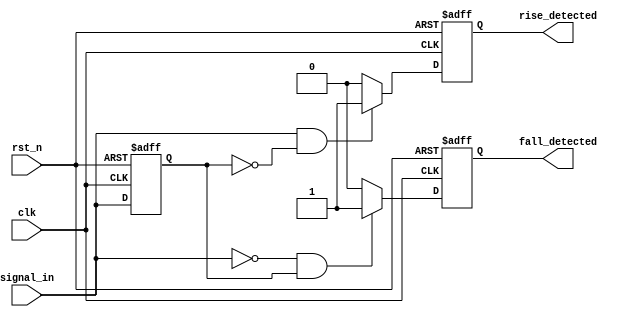
module dual_edge_detector (
    input wire clk,            // Clock signal
    input wire rst_n,         // Active low reset
    input wire signal_in,     // Input signal to detect edges
    output reg rise_detected, // Rising edge detected signal
    output reg fall_detected   // Falling edge detected signal
);

    // Memory blocks to store previous states
    reg prev_state;           // Holds the state of signal_in from the previous clock cycle
    reg prev_prev_state;      // Holds the state of signal_in from two clock cycles ago

    // Sequential logic to capture states on the rising edge of the clock
    always @(posedge clk or negedge rst_n) begin
        if (!rst_n) begin
            // Reset condition
            prev_prev_state <= 1'b0;
            prev_state <= 1'b0;
            rise_detected <= 1'b0;
            fall_detected <= 1'b0;
        end else begin
            // Update memory blocks
            prev_prev_state <= prev_state;
            prev_state <= signal_in;

            // Reset edge detection outputs
            rise_detected <= 1'b0;
            fall_detected <= 1'b0;

            // Edge detection logic
            if (signal_in && !prev_state) begin
                // Rising edge detected
                rise_detected <= 1'b1;
            end
            if (!signal_in && prev_state) begin
                // Falling edge detected
                fall_detected <= 1'b1;
            end
        end
    end

endmodule